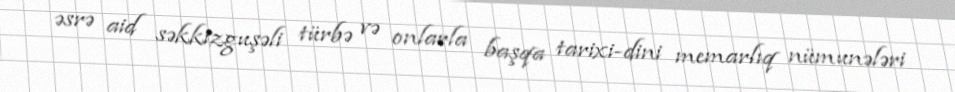
əsrə aid səkkizguşəli türbə və onlarla başqa tarixi-dini memarlıq nümunələri